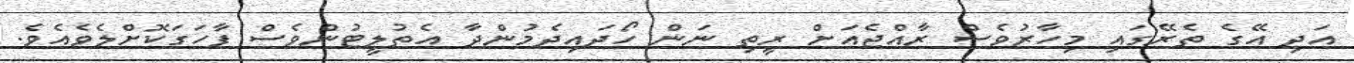
އަދި އޭގެ ތެރޭގައި މިހާރުވެސް ރާއްޖެއަށް ރީތި ނަން ހޯދައިދެމުންދާ އެތުލީޓުންވެސް ފާހަގަކޮށްލެވެއެވެ.